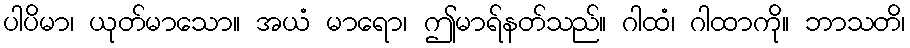
ပါပိမာ၊ ယုတ်မာသော။ အယံ မာရော၊ ဤမာရ်နတ်သည်။ ဂါထံ၊ ဂါထာကို။ ဘာသတိ၊